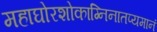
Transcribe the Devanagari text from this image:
महाघोरशोकाग्निनातप्यमानं